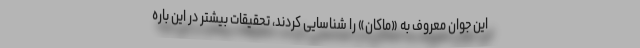
این جوان معروف به «ماکان» را شناسایی کردند، تحقیقات بیشتر در این باره